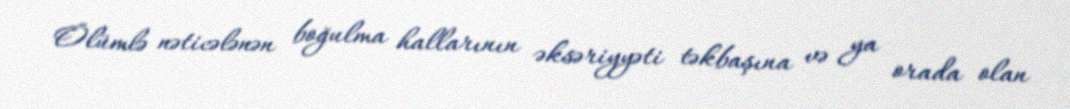
Ölümlə nəticələnən boğulma hallarının əksəriyyəti təkbaşına və ya orada olan